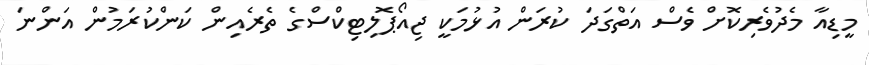
މީޑިއާ މެދުވެރިކޮށް ވެސް އަތްގަދަ ކުރަން އުޅުމަކީ ޖިއޯޕޮލިޓިކްސްގެ ތެރެއިން ކަންކުރަމުން އަންނަ